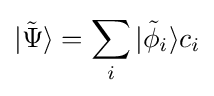
|{\tilde {\Psi }}\rangle =\sum _{i}|{\tilde {\phi }}_{i}\rangle c_{i}